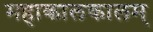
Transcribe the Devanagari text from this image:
महाकालकालम्